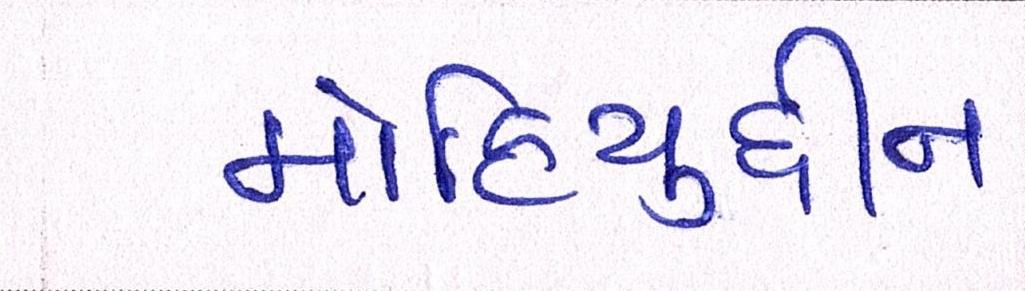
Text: મોહિયુદ્દીન